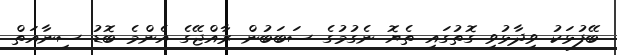
ބޭފުޅަކު ވިދާޅުވި ގޮތުގައި ތެޔޮ ނެގުމުގެ ސަބަބުން ރާއްޖޭގެ އެންމެ ބޮޑު ސިނާއަތް